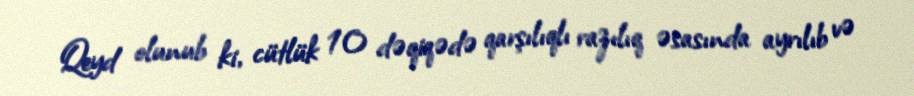
Qeyd olunub ki, cütlük 10 dəqiqədə qarşılıqlı razılıq əsasında ayrılıb və